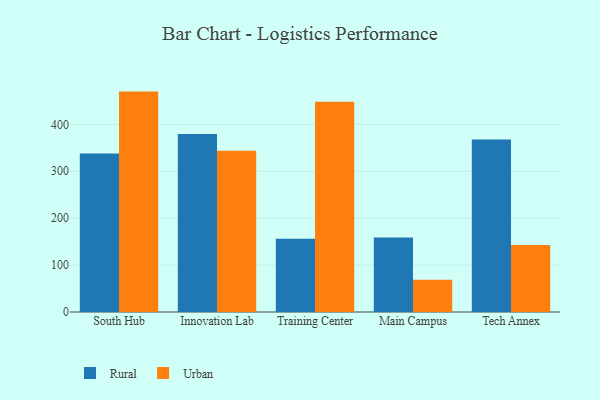
{"axis": {"x": "Campus", "y": "Gross Profit (USD K)"}, "legend": ["Rural", "Urban"], "data": [{"x": "South Hub", "y": 337.7, "type": "Rural"}, {"x": "South Hub", "y": 469.9, "type": "Urban"}, {"x": "Innovation Lab", "y": 379.7, "type": "Rural"}, {"x": "Innovation Lab", "y": 343.7, "type": "Urban"}, {"x": "Training Center", "y": 156.3, "type": "Rural"}, {"x": "Training Center", "y": 448.2, "type": "Urban"}, {"x": "Main Campus", "y": 159.0, "type": "Rural"}, {"x": "Main Campus", "y": 68.9, "type": "Urban"}, {"x": "Tech Annex", "y": 368.0, "type": "Rural"}, {"x": "Tech Annex", "y": 142.6, "type": "Urban"}]}